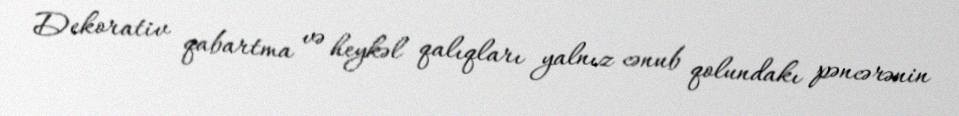
Dekorativ qabartma və heykəl qalıqları yalnız cənub qolundakı pəncərənin